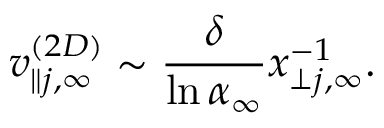
v _ { \parallel j , \infty } ^ { ( 2 D ) } \sim \frac { \delta } { \ln \alpha _ { \infty } } x _ { \perp j , \infty } ^ { - 1 } .